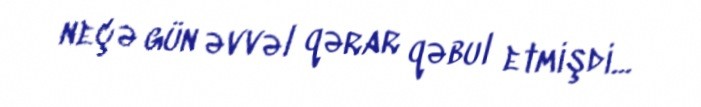
neçə gün əvvəl qərar qəbul etmişdi...